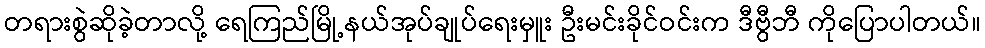
တရားစွဲဆိုခဲ့တာလို့ ရေကြည်မြို့နယ်အုပ်ချုပ်ရေးမှူး ဦးမင်းခိုင်ဝင်းက ဒီဗွီဘီ ကိုပြောပါတယ်။